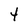
Character: 4